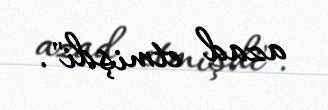
azad etmişdi".